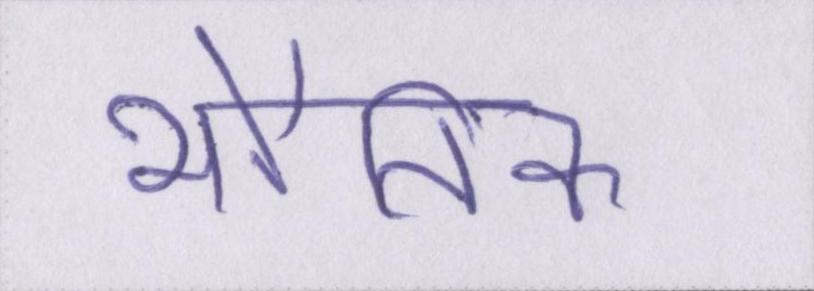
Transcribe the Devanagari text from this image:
भौतिक